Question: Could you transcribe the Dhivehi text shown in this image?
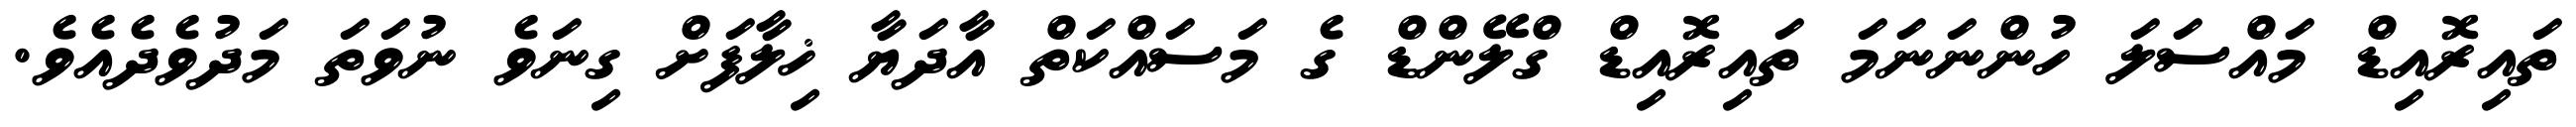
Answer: ތައިރޮއިޑް މައްސަލަ ހުންނަނަމަ ތައިރޮއިޑް ގްލޭންޑް ގެ މަސައްކަތް އާދަޔާ ޚިލާފަށް ގިނަވެ ނުވަތަ މަދުވެދެއެވެ.